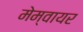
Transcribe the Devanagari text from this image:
मेम्वायर